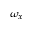
\omega _ { x }